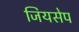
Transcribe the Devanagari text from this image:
जियसेप